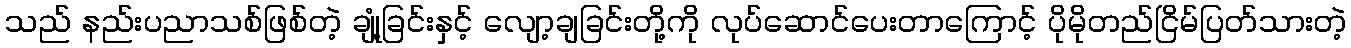
သည် နည်းပညာသစ်ဖြစ်တဲ့ ချုံ့ခြင်းနှင့် လျော့ချခြင်းတို့ကို လုပ်ဆောင်ပေးတာကြောင့် ပိုမိုတည်ငြိမ်ပြတ်သားတဲ့